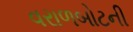
વરાળબોટની